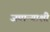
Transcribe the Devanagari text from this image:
जमान्याशी